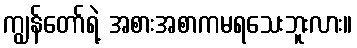
ကျွန်တော်ရဲ့ အစားအစာကမရသေးဘူးလား။